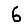
Digit: 6